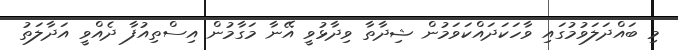
މި ބައްދަލަވުމުގައި ވާހަކަދައްކަވަމުން ޝިދާތާ ވިދާޅުވީ އޭނާ މަގާމުން އިސްތިއުފާ ދެއްވީ އަދާލަތު